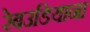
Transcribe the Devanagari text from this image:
रेबउडियाना